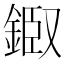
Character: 𨨘